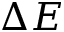
\Delta E